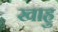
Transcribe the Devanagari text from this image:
खाहु